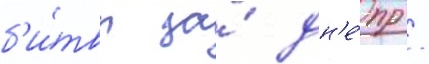
б'и́твы за́ дн'е́пр /